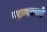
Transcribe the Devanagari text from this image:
महान्ययवादी